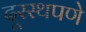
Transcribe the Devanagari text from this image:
दूरस्थपणे